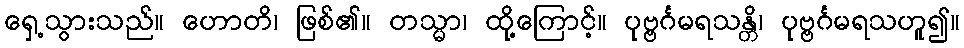
ရှေ့သွားသည်။ ဟောတိ၊ ဖြစ်၏။ တသ္မာ၊ ထို့ကြောင့်။ ပုဗ္ဗင်္ဂမရသန္တိ၊ ပုဗ္ဗင်္ဂမရသဟူ၍။